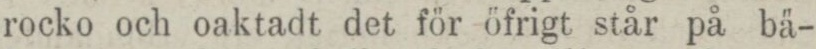
rocko och oaktadt det för öfrigt står på bä-